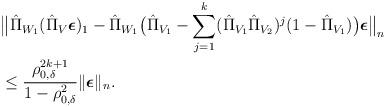
LaTeX: \begin{align*}&\big\Vert \hat{\Pi}_{W_1}(\hat{\Pi}_V\boldsymbol{\epsilon})_1-\hat{\Pi}_{W_1}\big(\hat{\Pi}_{V_1}-\sum_{j=1}^k(\hat{\Pi}_{V_1}\hat{\Pi}_{V_2})^j(1-\hat{\Pi}_{V_1})\big)\boldsymbol{\epsilon}\big\Vert_n\\&\leq\frac{\rho_{0,\delta}^{2k+1}}{1-\rho_{0,\delta}^2} \Vert \boldsymbol{\epsilon}\Vert_n.\end{align*}